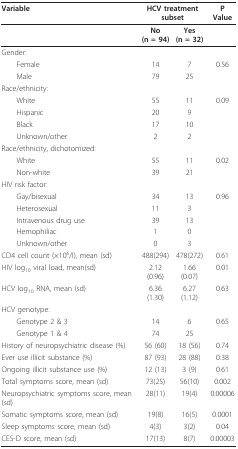
| Variable | <COLSPAN=2> HCV treatment subset | P Value |
 | --- | --- | --- | --- |
 |  | No (n = 94) | Yes (n = 32) |  |
 | Gender: |  |  |  |
 | Female | 14 | 7 | 0.56 |
 | Male | 79 | 25 |  |
 | Race/ethnicity: |  |  |  |
 | White | 55 | 11 | 0.09 |
 | Hispanic | 20 | 9 |  |
 | Black | 17 | 10 |  |
 | Unknown/other | 2 | 2 |  |
 | Race/ethnicity, dichotomized: |  |  |  |
 | White | 55 | 11 | 0.02 |
 | Non-white | 39 | 21 |  |
 | HIV risk factor: |  |  |  |
 | Gay/bisexual | 34 | 13 | 0.96 |
 | Heterosexual | 11 | 3 |  |
 | Intravenous drug use | 39 | 13 |  |
 | Hemophiliac | 1 | 0 |  |
 | Unknown/other | 0 | 3 |  |
 | CD4 cell count (×106/l), mean (sd) | 488(294) | 478(272) | 0.61 |
 | HIV log10 viral load, mean(sd) | 2.12(0.96) | 1.66(0.07) | 0.01 |
 | HCV log10 RNA, mean (sd) | 6.36(1.30) | 6.27(1.12) | 0.63 |
 | HCV genotype: |  |  |  |
 | Genotype 2 & 3 | 14 | 6 | 0.65 |
 | Genotype 1 & 4 | 74 | 25 |  |
 | History of neuropsychiatric disease (%) | 56 (60) | 18 (56) | 0.74 |
 | Ever use illicit substance (%) | 87 (93) | 28 (88) | 0.38 |
 | Ongoing illicit substance use (%) | 12 (13) | 3 (9) | 0.61 |
 | Total symptoms score, mean (sd) | 73(25) | 56(10) | 0.002 |
 | Neuropsychiatric symptoms score, mean(sd) | 28(11) | 19(4) | 0.00006 |
 | Somatic symptoms score, mean (sd) | 19(8) | 16(5) | 0.0001 |
 | Sleep symptoms score, mean (sd) | 4(3) | 3(2) | 0.04 |
 | CES-D score, mean (sd) | 17(13) | 8(7) | 0.00003 |